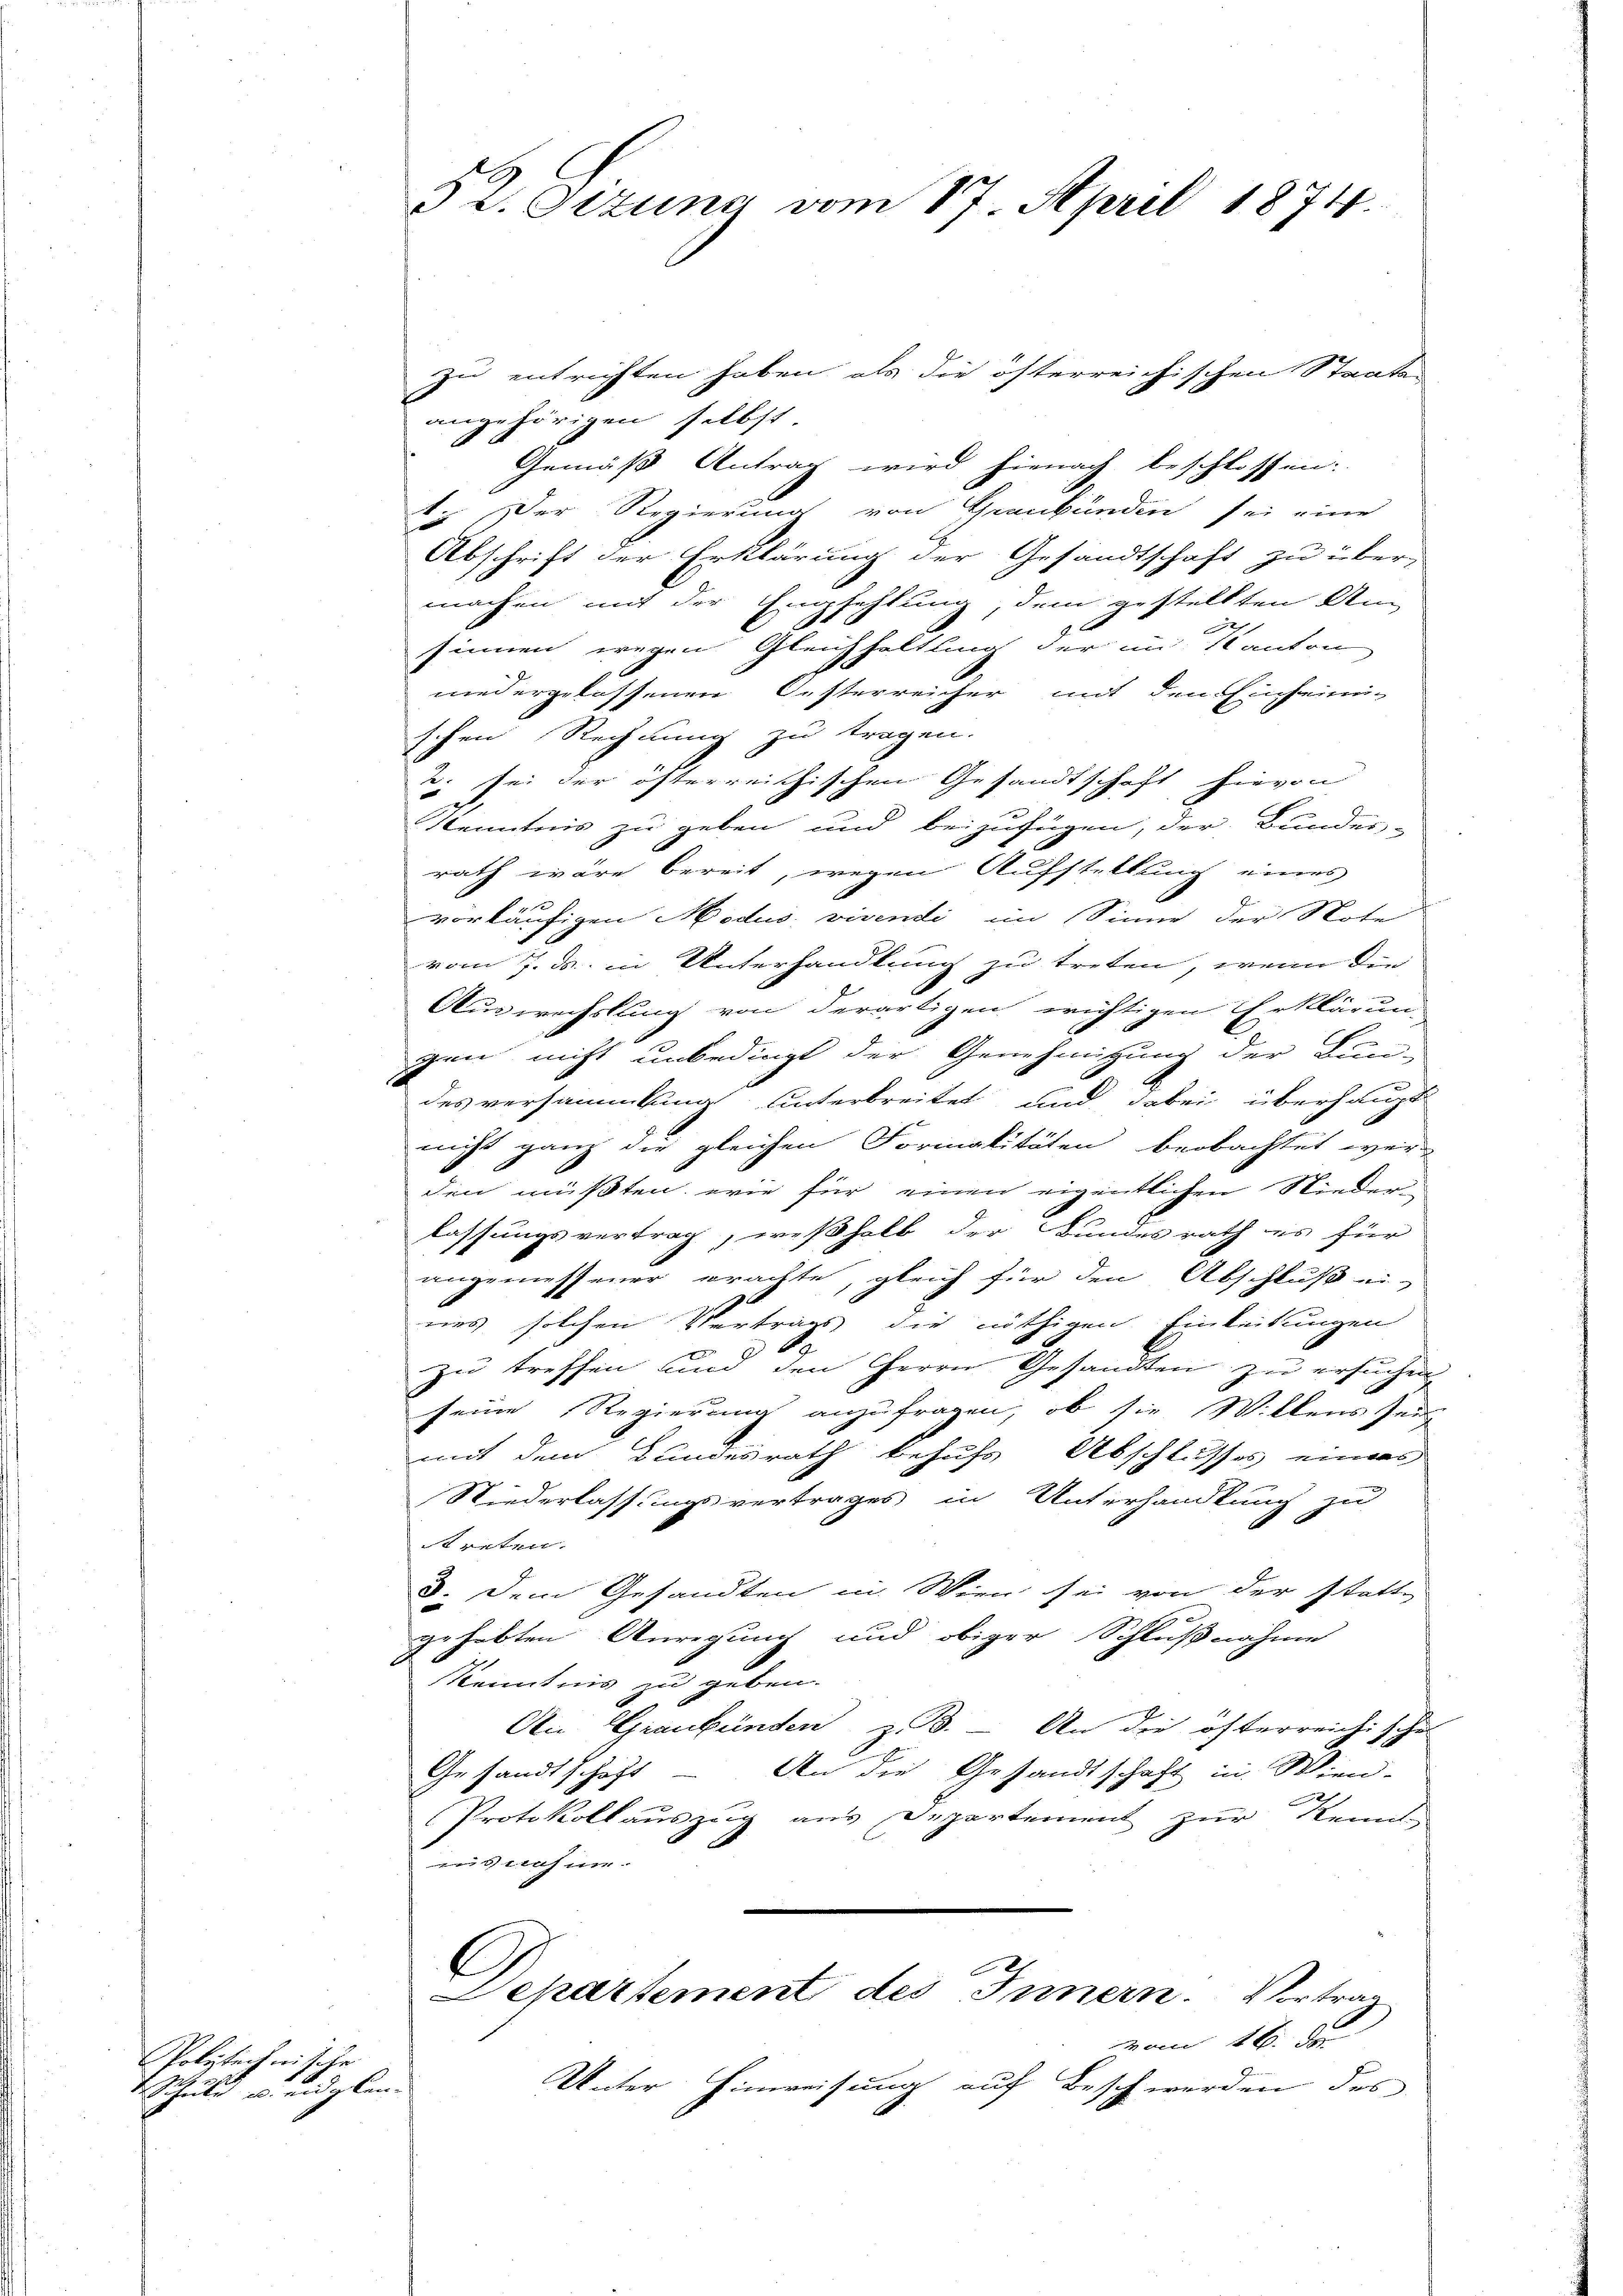
Polytechnische
 Schuld u. eidglen-

52. Sizung vom 17. April 1874.

zu entrichten haben, als die österreichischen Staate
angehörigen selbst
Gemäß Antrag wird hienach beschlossen:
t. Der Regierung von Graubünden sei eine
Abschrift der Erklärung der Gesandtschaft zu übermachen mit der Empfehlung, dem gestellten Un¬
 x
sinnen wegen Gleichhaltung der im Kanton
wiedergelassenen Oesterreicher mit den Einseinen
schen Rechnung zu tragen.
2. sei der öfterreichischen Gesandtschaft hievon
Kenntnis zu geben und beizufügen, der Bundes-
d
rath wäre bereit, wegen Aufstellung eines
vorläufigen Modus vivendi im Sinne der Note
vom 7. d. in Unterhandlung zu treten, wenn die
Auswechslung von derartigen wichtigen Erklärungen nicht unbedingt der Genehmigung der Bun-
des versammlung unterbreitet und dabei überhaupt
nicht ganz die gleichen Formalitäten beobachtet werden müßten, wie für einen eigentlichen Niederi
lassungsvertrag, weßhalb der Bundesrath es für
angemessener Brachte, gleich für den Abschluß ei-
uns solchen Vertrags die nöthigen Einleitungen
s
.
zu treffen und den Herrn Gesandten zu ersuchen
seine Regierung anzufragen, ob sie Willens sei
mit dem Bundesrath behufs Abschlusses eines
Niederlassungsvertrages in Unterhandlung zu
treten.
3. Dem Gesandten in Wien sei von der statt-
gehabten Anregung und obiger Schlußnahme
Kenntnis zu geben.
An Graubünden z. B. - An die österreichische
Gesandtschaft - An die Gesandtschaft in Wien-
Protokoll auszug aus Departement zur Kenn
mus sich wer
E
Departement des Innern. Vortrag
von 16. de
Unter Hinweisung auf Beschwerden des